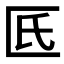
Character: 𠥯